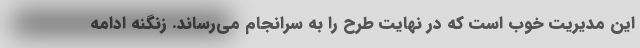
این مدیریت خوب است که در نهایت طرح را به سرانجام می‌رساند. زنگنه ادامه